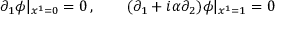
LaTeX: \partial _ { 1 } \phi | _ { x ^ { 1 } = 0 } = 0 \, , \qquad ( \partial _ { 1 } + i \alpha \partial _ { 2 } ) \phi | _ { x ^ { 1 } = 1 } = 0